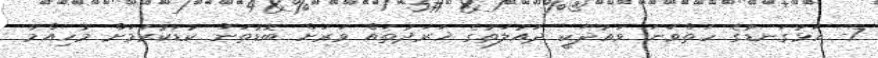
7- އަޅުގަނޑުގެ ހަތްވަނަ ވައުދަކީ ދައުލަތުގެ ޚަރަދުތައް ވަރަށް ބޮޑުތަން ކުޑަކުރުމަށް މުހިއްމު